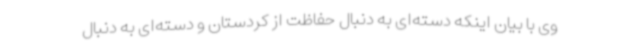
وی با بیان اینکه دسته‌ای به دنبال حفاظت از کردستان و دسته‌ای به دنبال